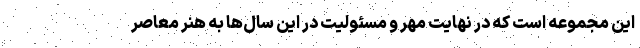
این مجموعه است که در نهایت مهر و مسئولیت در این سال‌ها به هنر معاصر